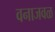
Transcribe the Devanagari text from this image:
वनाजवळ